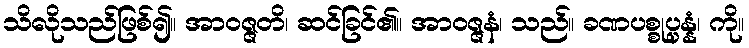
သိလိုသည်ဖြစ်၍။ အာဝဇ္ဇတိ၊ ဆင်ခြင်၏။ အာဝဇ္ဇနံ၊ သည်။ ခဏပစ္စုပ္ပန္နံ၊ ကို။